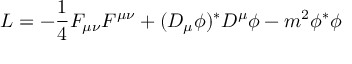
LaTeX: { \cal L } = - { \frac { 1 } { 4 } } F _ { \mu \nu } F ^ { \mu \nu } + ( D _ { \mu } \phi ) ^ { * } D ^ { \mu } \phi - m ^ { 2 } \phi ^ { * } \phi